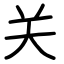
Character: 关